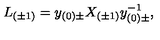
L _ { ( \pm 1 ) } = y _ { ( 0 ) \pm } X _ { ( \pm 1 ) } y _ { ( 0 ) \pm } ^ { - 1 } ,